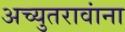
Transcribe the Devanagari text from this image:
अच्युतरावांना